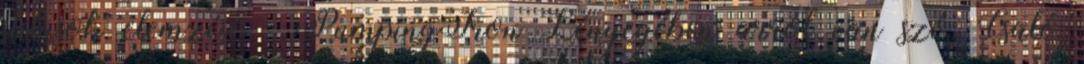
stílusok elemzése - PumpingIron Lényegében arról van szó, Csaló